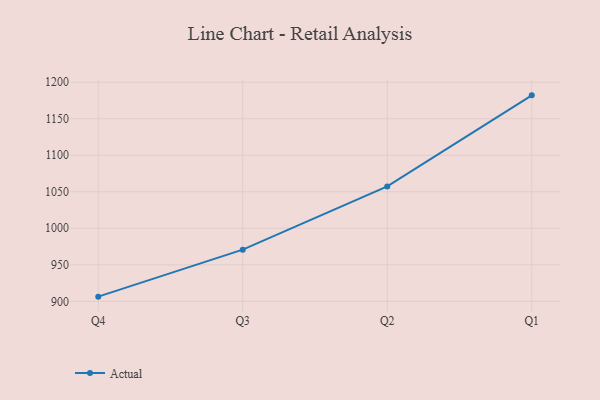
{"axis": {"x": "Quarter", "y": "Bounce Rate (%)"}, "legend": ["Actual"], "data": [{"x": "Q4", "y": 906.4, "type": "Actual"}, {"x": "Q3", "y": 970.7, "type": "Actual"}, {"x": "Q2", "y": 1057.3, "type": "Actual"}, {"x": "Q1", "y": 1182.0, "type": "Actual"}]}